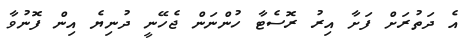
އެ ދަތުރަށް ފަށާ އިރު ރޮސެޓާ ހުންނަން ޖެހޭނީ ދުނިޔެ އިން ފޮނުވާ